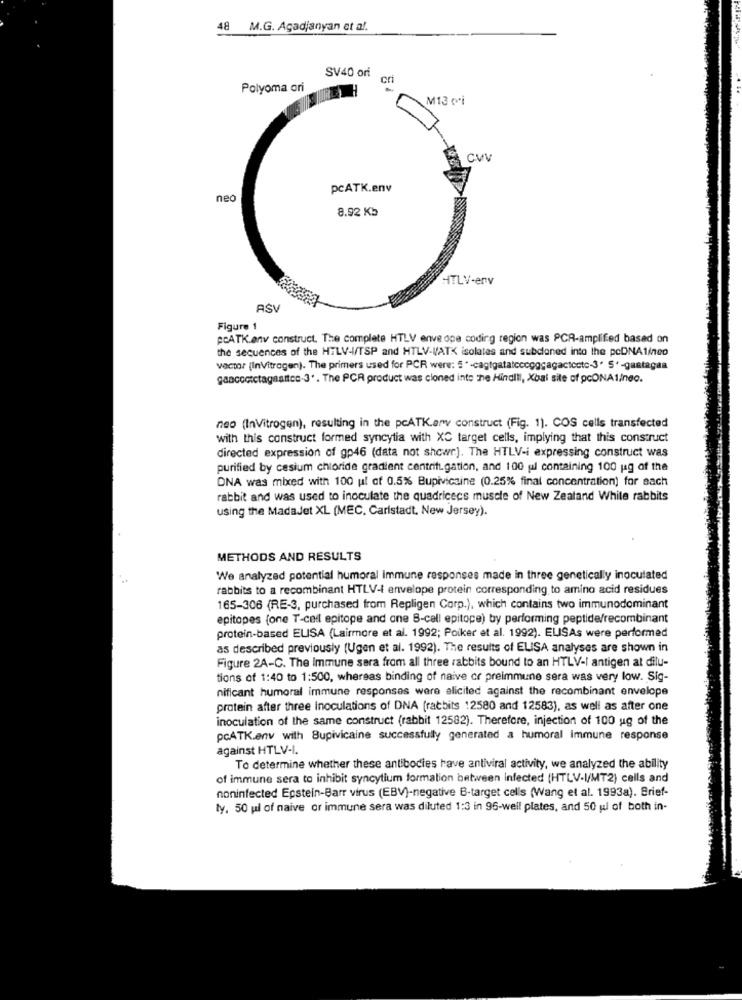
48 M.G. Agadjanyan et al.
SV40 ori
cri
Polyoma ori
M13 ovi
CV
PcATK.env
neo
8.92 Kb
HTLV-env
ASV
Figure 1
pcATK.env construct. The complete HTLV enve ope coding region was PCR-amplified based on
the sequences of the HTLV-I/TSP and HTLV-VATX isolates and subcloned into the pcDNA1ineo
vector (InVitrogen). The primers used for PCR were: 5" -cagtgatatccogggagactocte-3' S'-gastagaa
gaaccotctagaattce-3 .. The PCR product was cloned inte he Hindill, Xbal site of pcONA1/neo.
neo (InVitrogen), resulting in the pcATK.arv construct (Fig. 1). COS cells transfected
with this construct formed syncytia with XC target cells, implying that this construct
directed expression of gp46 (data not showr.]. The HTLV-i expressing construct was
purified by cesium chloride gradient centrifugation, and 100 ul containing 100 ug of the
DNA was mixed with 100 ul of 0.5% Bupivicaine (0.25% final concentration) for each
rabbit and was used to inoculate the quadricecs muscle of New Zealand While rabbits
using the MadaJet XL (MEC. Carlstadt, New Jersey).
METHODS AND RESULTS
We analyzed potential humoral immune responses made in three genetically inoculated
rabbits to a recombinant HTLV-1 envelope protein corresponding to amino acid residues
165-306 (RE-3, purchased from Repligen Corp.), which contains two immunodominant
epitopes (one T-cell epitope and one 8-cell epitope) by performing peptide/recombinant
protein-based ELISA (Lairmore et al. 1992; Poiker et al. 1992). ELISAs were performed
as described previously (Ugen et al. 1992). The results of ELISA analyses are shown in
Figure 2A-C. The Immune sera from all three rabbits bound to an HTLV-I antigen at dilu-
tions of 1:40 to 1:500, whereas binding of naive or preimmune sera was very low. Sig-
nificant humoral immune responses were alicited against the recombinant envelope
protein after three Inoculations of DNA (rabbits 12580 and 12583), as well as after one
inoculation of the same construct (rabbit 12582). Therefore, injection of 100 ug of the
pcATK.env with Supivicaine successfully generated a humoral immune response
against HTLV-I.
To determine whether these antibodies have antiviral activity, we analyzed the ability
of immune sera to inhibit syncytium formation between infected (HTLV-I/MT2) cells and
noninfected Epstein-Barr virus (EBV)-negative B-target cells (Wang et al. 1993a). Brief-
ty. 50 ul of naive or immune sera was diluted 1:3 in 96-well plates, and 50 ul of both in-